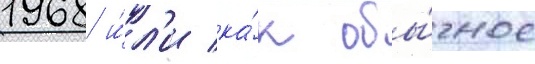
1968 и́л'и ка́к обы́чное